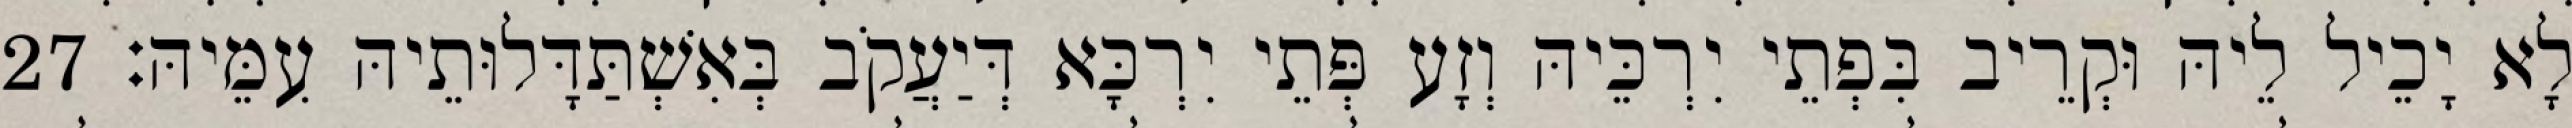
לָא יָכֵיל לֵיהּ וּקְרֵיב בִּפְתֵי יִרְכֵּיהּ וְזָע פְּתֵי יִרְכָּא דְּיַעֲקֹב בְּאִשְׁתַּדָּלוּתֵיהּ עִמֵּיהּ׃ 27